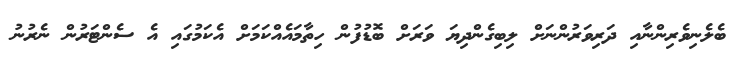
ބެލެނިވެރިންނާއި ދަރިވަރުންނަށް ލިބިގެންދިޔަ ވަރަށް ބޮޑުފުން ހިތާމައެއްކަމަށް އެކަމުގައި އެ ސެންޓަރުން ނެރުނު